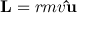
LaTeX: \mathbf { L } = r m v \mathbf { \hat { u } }